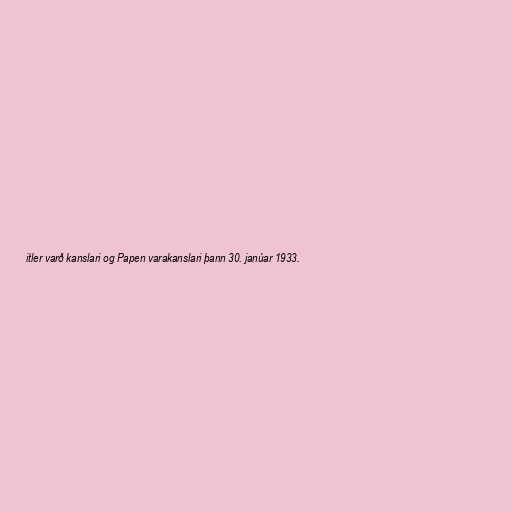
itler varð kanslari og Papen varakanslari þann 30. janúar 1933.